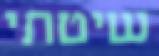
שיטתי